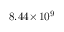
8 . 4 4 \! \times \! 1 0 ^ { 9 }